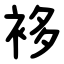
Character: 袳